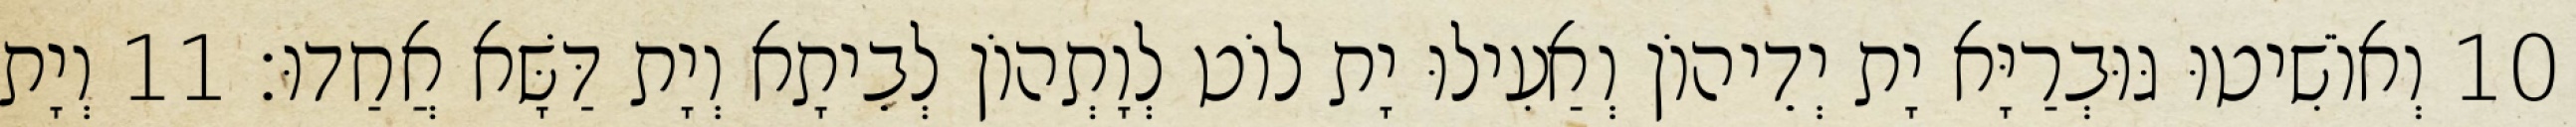
10 וְאוֹשִׁיטוּ גּוּבְרַיָּא יָת יְדֵיהוֹן וְאַעִילוּ יָת לוֹט לְוָתְהוֹן לְבֵיתָא וְיָת דַּשָּׁא אֲחַדוּ׃ 11 וְיָת